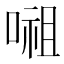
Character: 𭉷